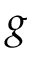
g